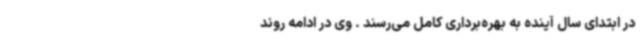
در ابتدای سال آینده به بهره‌برداری کامل می‌رسند . وی در ادامه روند